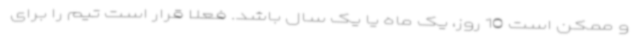
و ممکن است 10 روز، یک ماه یا یک سال باشد. فعلا قرار است تیم را برای